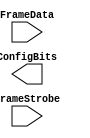
module N_term_single_ConfigMem (FrameData, FrameStrobe, ConfigBits);
	parameter MaxFramesPerCol = 20;
	parameter FrameBitsPerRow = 32;
	parameter NoConfigBits = 0;
	input [FrameBitsPerRow-1:0] FrameData;
	input [MaxFramesPerCol-1:0] FrameStrobe;
	output [NoConfigBits-1:0] ConfigBits;

//instantiate frame latches
endmodule